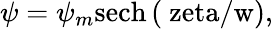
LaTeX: \psi=\psi_{m}\mathrm{{sech}\left(\ zeta/w\right),}